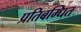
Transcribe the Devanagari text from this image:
प्रतिबम्धित